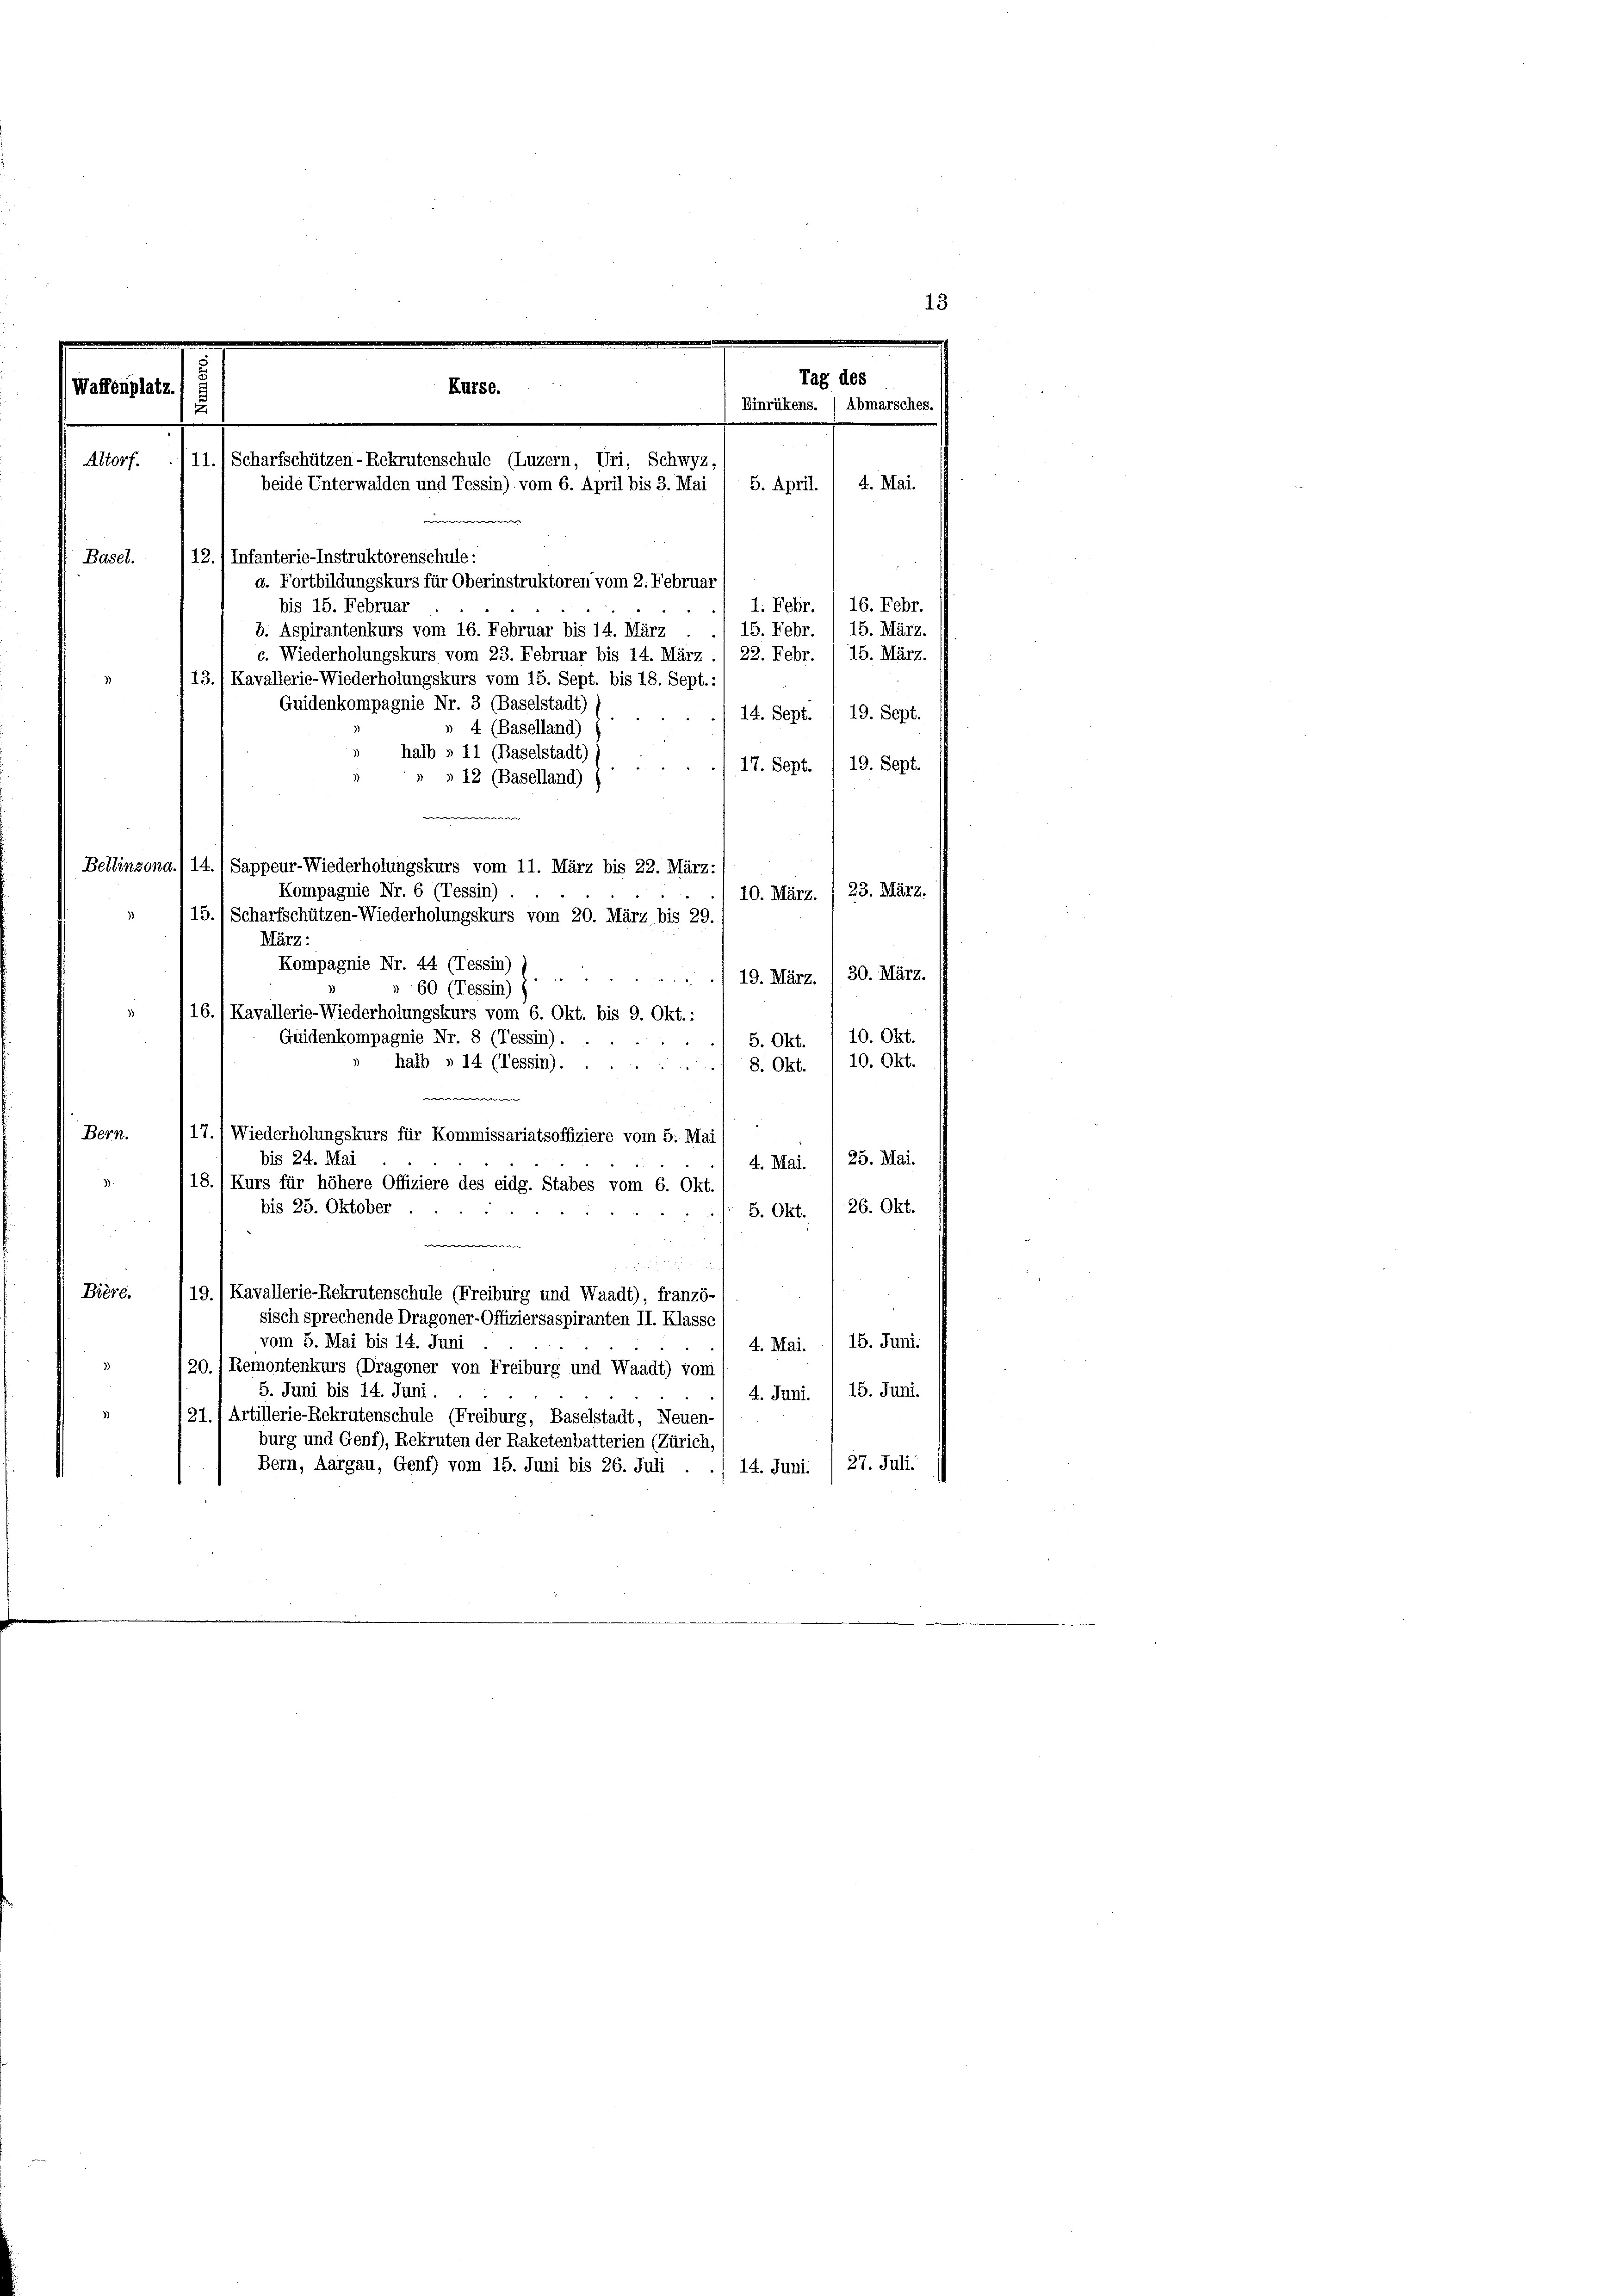
Waffenplatz.
Basel.

14. Sept. 1 19. Sept.
4 (Baselland)
halb » 11 (Baselstadt)
17. Sept. /19. Sept.
u
» 12 (Baselland) (
.
10. März. / 23. März.
15.1 Scharfschützen-Wiederholungskurs vom 20. März bis 29.
März:
Kompagnie Nr. 44 (Tessin) (
30. März.
/19. März.
60 (Tessin)
16./ Kavallerie-Wiederholungskurs vom 6. Okt. bis 9. Okt.:
10. Okt.
Guidenkompagnie Nr. 8 (Tessin).
5. Okt.
2
halb » 14 (Tessin).
8. Okt. 1 10. Okt.
2
e
Bern.
17., Wiederholungskurs für Kommissariatsoffiziere vom 5. Mai
bis 24. Mai
4. Mai. / 25. Mai.
18.) Kurs für höhere Offiziere des eidg. Stabes vom 6. Okt
bis 25. Oktober
5. Okt./26. Okt.
n
Bière.
19.) Kavallerie-Rekrutenschule (Freiburg und Waadt), franzö-
sisch sprechende Dragoner-Offiziersaspiranten II. Klasse
vom 5. Mai bis 14. Juni
4. Mai. / 15. Juni:
/20. 1 Remontenkurs (Dragoner von Freiburg und Waadt) vom
5. Juni bis 14. Juni.
4. Juni. / 15. Juni.
21.) Artillerie-Rekrutenschule (Freiburg, Baselstadt, Neuen-
burg und Genf), Rekruten der Raketenbatterien (Zürich,
27. Juli.
Bern, Aargau, Genf) vom 15. Juni bis 26. Juli . ./ 14. Juni.

Altorf.

13
Tag des
Kürse.
Einrükens. / Abmarsches.
u
11.) Scharfschützen-Rekrutenschule (Luzern, Uri, Schwyz
5. April. 1 4. Mai.
beide Unterwalden und Tessin), vom 6. April bis 3. Mai
.
12.1 Infanterie-Instruktorenschule:
d. Fortbildungskurs für Oberinstruktoren vom 2. Februar
1. Febr. 16. Febr.
bis 15. Februar
15. Febr.
15. März.
b. Aspirantenkurs vom 16. Februar bis 14. März
c. Wiederholungskurs vom 23. Februar bis 14. März ., 22. Febr. / 15. März.
13.1 Kavallerie-Wiederholungskurs vom 15. Sept. bis 18. Sept.:

Guidenkompagnie Nr. 3 (Baselstadt)

Bellinzona./14.) Sappeur-Wiederholungskurs vom 11. März bis 22. März:
Kompagnie Nr. 6 (Tessin)